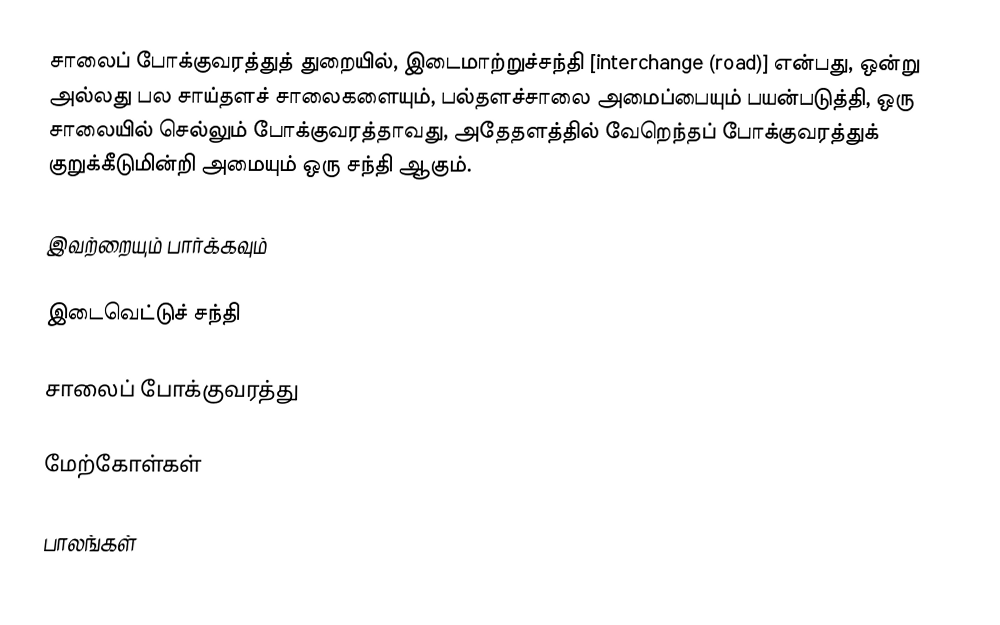
சாலைப் போக்குவரத்துத் துறையில், இடைமாற்றுச்சந்தி [interchange (road)] என்பது, ஒன்று அல்லது பல சாய்தளச் சாலைகளையும், பல்தளச்சாலை அமைப்பையும் பயன்படுத்தி, ஒரு சாலையில் செல்லும் போக்குவரத்தாவது, அதேதளத்தில் வேறெந்தப் போக்குவரத்துக் குறுக்கீடுமின்றி அமையும் ஒரு சந்தி ஆகும்.

இவற்றையும் பார்க்கவும்

 இடைவெட்டுச் சந்தி

சாலைப் போக்குவரத்து

மேற்கோள்கள்

பாலங்கள்